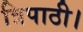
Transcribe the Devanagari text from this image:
त्रिपाठी।